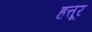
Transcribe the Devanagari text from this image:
हत्तूर